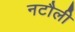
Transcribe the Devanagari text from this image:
नटौली